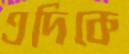
এদিকে